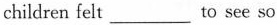
children felt___to see so